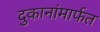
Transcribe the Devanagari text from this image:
दुकानांमार्फत